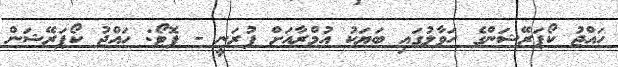
ހައްޖު ކޯޕަރޭޝަންގެ ހަވާލުގައި ބަޔަކު އުމްރާއަށް ފުރަނީ - ފޮޓޯ: ހައްޖު ކޯޕަރޭޝަން